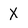
Character: X